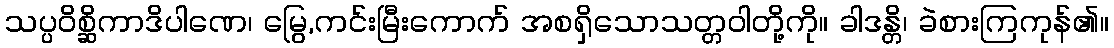
သပ္ပဝိစ္ဆိကာဒိပါဏေ၊ မြွေ,ကင်းမြီးကောက် အစရှိသောသတ္တဝါတို့ကို။ ခါဒန္တိ၊ ခဲစားကြကုန်၏။